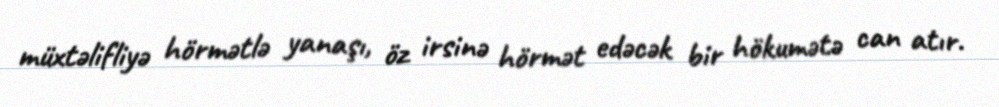
müxtəlifliyə hörmətlə yanaşı, öz irsinə hörmət edəcək bir hökumətə can atır.